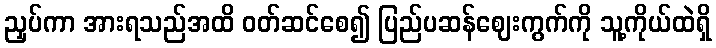
ညှပ်ကာ အားရသည်အထိ ဝတ်ဆင်စေ၍ ပြည်ပဆန်ဈေးကွက်ကို သူ့ကိုယ်ထဲရှိ